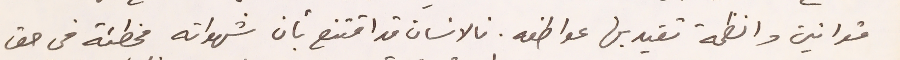
قوانين وانظمة تقيد بها عواطفه. فالانسان قد اقتنع بأن شهواته مخطئة في حق